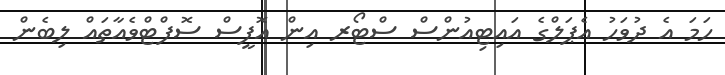
ހަމަ އެ ދުވަހު އެޕަލްގެ އައިޓިއުންސް ސްޓޯރ އިން އޮފީސް ސޮފްޓްވެއާތައް ލިބެން